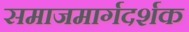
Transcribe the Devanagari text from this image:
समाजमार्गदर्शक